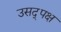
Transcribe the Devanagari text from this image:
उसद्पक्ष